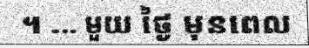
។ ... មួយ ថ្ងៃ មុនពេល